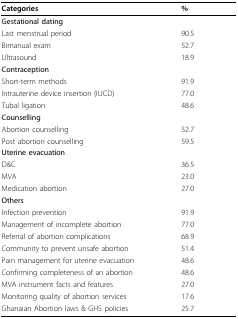
<table><thead><tr><td><b>Categories</b></td><td><b>%</b></td></tr></thead><tbody><tr><td><b>Gestational dating</b></td><td></td></tr><tr><td>Last menstrual period</td><td>90.5</td></tr><tr><td>Bimanual exam</td><td>52.7</td></tr><tr><td>Ultrasound</td><td>18.9</td></tr><tr><td><b>Contraception</b></td><td></td></tr><tr><td>Short-term methods</td><td>91.9</td></tr><tr><td>Intrauterine device insertion (IUCD)</td><td>77.0</td></tr><tr><td>Tubal ligation</td><td>48.6</td></tr><tr><td><b>Counselling</b></td><td></td></tr><tr><td>Abortion counselling</td><td>52.7</td></tr><tr><td>Post abortion counselling</td><td>59.5</td></tr><tr><td><b>Uterine evacuation</b></td><td></td></tr><tr><td>D&amp;C</td><td>36.5</td></tr><tr><td>MVA</td><td>23.0</td></tr><tr><td>Medication abortion</td><td>27.0</td></tr><tr><td><b>Others</b></td><td></td></tr><tr><td>Infection prevention</td><td>91.9</td></tr><tr><td>Management of incomplete abortion</td><td>77.0</td></tr><tr><td>Referral of abortion complications</td><td>68.9</td></tr><tr><td>Community to prevent unsafe abortion</td><td>51.4</td></tr><tr><td>Pain management for uterine evacuation</td><td>48.6</td></tr><tr><td>Confirming completeness of an abortion</td><td>48.6</td></tr><tr><td>MVA instrument facts and features</td><td>27.0</td></tr><tr><td>Monitoring quality of abortion services</td><td>17.6</td></tr><tr><td>Ghanaian Abortion laws &amp; GHS policies</td><td>25.7</td></tr></tbody></table>